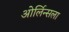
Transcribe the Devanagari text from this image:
ओर्लिन्सला